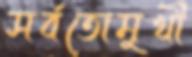
সর্বতোমুখী